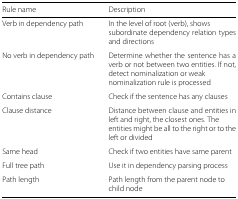
<table><thead><tr><td><b>Rule name</b></td><td><b>Description</b></td></tr></thead><tbody><tr><td>Verb in dependency path</td><td>In the level of root (verb), shows subordinate dependency relation types and directions</td></tr><tr><td>No verb in dependency path</td><td>Determine whether the sentence has a verb or not between two entities. If not, detect nominalization or weak nominalization rule is processed</td></tr><tr><td>Contains clause</td><td>Check if the sentence has any clauses</td></tr><tr><td>Clause distance</td><td>Distance between clause and entities in left and right, the closest ones. The entities might be all to the right or to the left or divided</td></tr><tr><td>Same head</td><td>Check if two entities have same parent</td></tr><tr><td>Full tree path</td><td>Use it in dependency parsing process</td></tr><tr><td>Path length</td><td>Path length from the parent node to child node</td></tr></tbody></table>